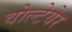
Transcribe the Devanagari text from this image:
वोल्टेयेर